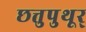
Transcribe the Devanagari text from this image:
छत्तुपुथूर्